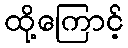
ထို့ကြောင့်